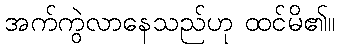
အက်ကွဲလာနေသည်ဟု ထင်မိ၏။